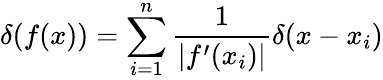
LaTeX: \delta(f(x))=\sum_{i=1}^{n}\frac{1}{|f^{\prime}(x_{i})|}\delta(x-x_{i})